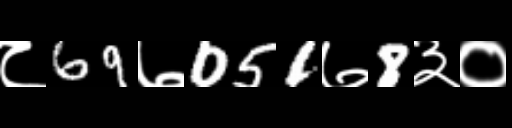
Text: ८69७051७8३०